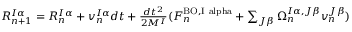
\begin{array} { r } { R _ { n + 1 } ^ { I \alpha } = R _ { n } ^ { I \alpha } + v _ { n } ^ { I \alpha } d t + \frac { d t ^ { 2 } } { 2 M ^ { I } } ( F _ { n } ^ { \mathrm { B O , I \ a l p h a } } + \sum _ { J \beta } \Omega _ { n } ^ { I \alpha , J \beta } v _ { n } ^ { J \beta } ) } \end{array}